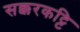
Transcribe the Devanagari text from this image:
सक्करकट्टि